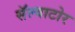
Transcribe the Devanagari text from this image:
सॅल्वाटोर